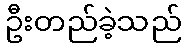
ဦးတည်ခဲ့သည်